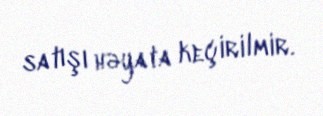
satışı həyata keçirilmir.